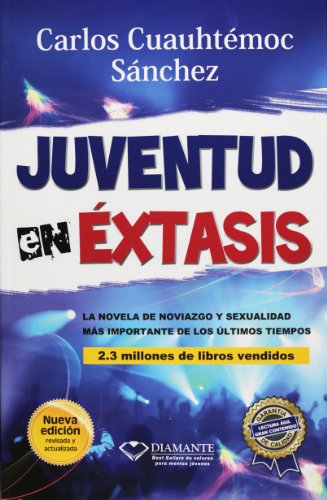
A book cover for Juventud en Extasis; Carlos C. Sanchez; Teen & Young Adult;